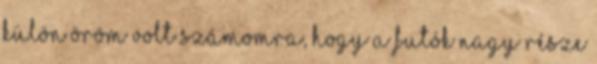
Külön öröm volt számomra, hogy a futók nagy része